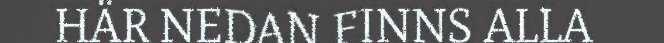
HÄR NEDAN FINNS ALLA